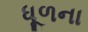
ધૂળના